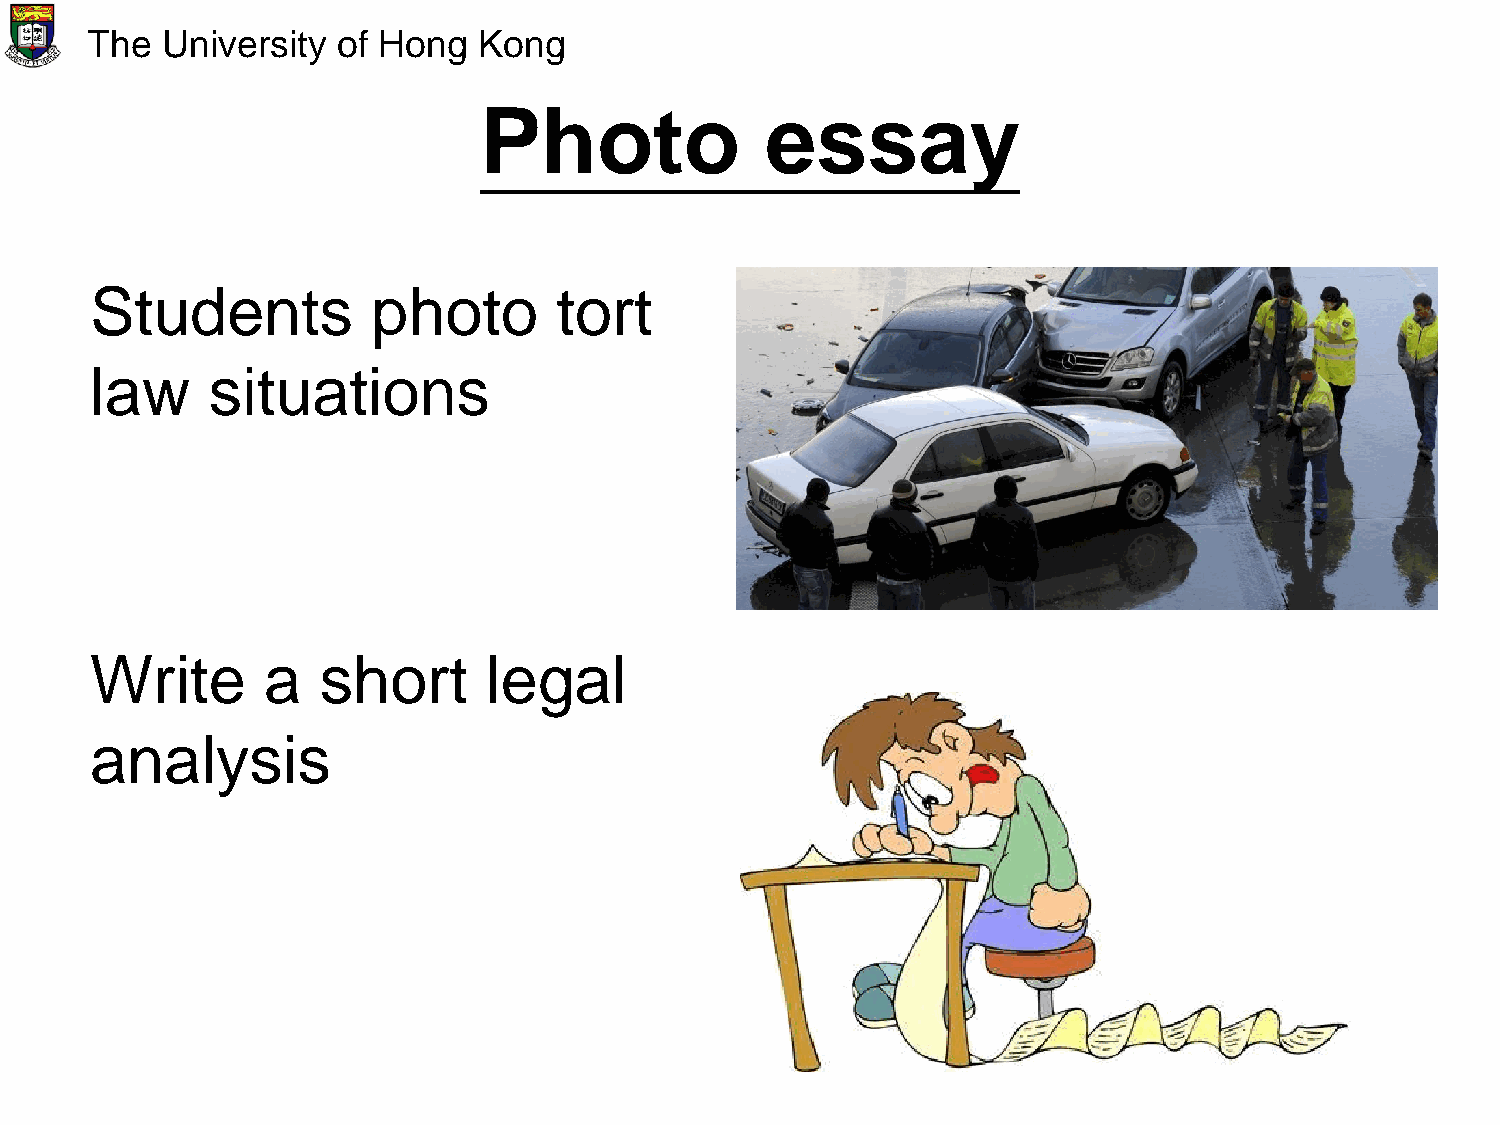
The  University of Hong   Kong
 Photo              essay
 Students           photo       tort
 law     situations
 Write      a   short      legal
 analysis